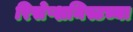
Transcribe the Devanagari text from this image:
रिसेप्शनिस्टच्या